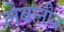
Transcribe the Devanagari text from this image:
लेबानीज